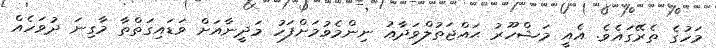
މަހުގެ ތެރޭގައެވެ. އެއީ މަޝްހޫރު ޙައްޖަތުލްވަދާޢު ނިންމެވުމަށްފަހު މަދީނާއަށް ވަޑައިގަތްތާ މާގިނަ ދުވަހެއް